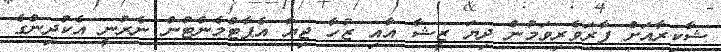
ޝާކިރާއަށް ފާރަވެރިވަމުން ދިޔަ ޒީޝާ އާއި ޒުހާ ޖިޔާ އެޕާޓްމެންޓުން ނެރުނީ އެކުދިންގެ